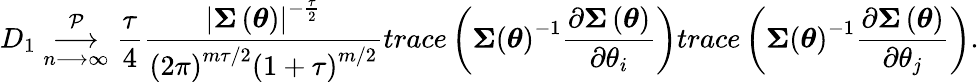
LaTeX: D_{1}\underset{n\longrightarrow\infty}{\overset{\mathcal{P}}{\longrightarrow}}\frac{\tau}{4}\frac{\left\vert\boldsymbol{\Sigma}\left(\boldsymbol{\theta}\right)\right\vert^{-\frac{\tau}{2}}}{\left(2\pi\right)^{m\tau/2}\left(1+\tau\right)^{m/2}}trace\left(\boldsymbol{\Sigma}\left(\boldsymbol{\theta}\right)^{-1}\frac{\partial\boldsymbol{\Sigma}\left(\boldsymbol{\theta}\right)}{\partial\theta_{i}}\right)trace\left(\boldsymbol{\Sigma}\left(\boldsymbol{\theta}\right)^{-1}\frac{\partial\boldsymbol{\Sigma}\left(\boldsymbol{\theta}\right)}{\partial\theta_{j}}\right).